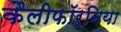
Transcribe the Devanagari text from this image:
कैलीफॉर्निया